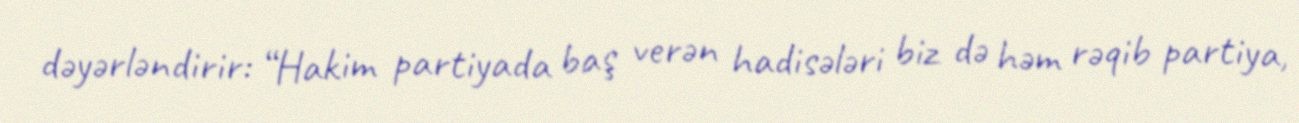
dəyərləndirir: “Hakim partiyada baş verən hadisələri biz də həm rəqib partiya,